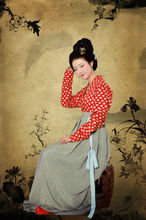
静女其姝，俟我于城隅。